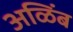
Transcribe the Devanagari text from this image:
अळिंब